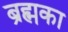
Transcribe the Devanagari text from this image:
ब्रह्मका